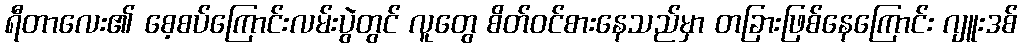
ရီတာလေး၏ စေ့စပ်ကြောင်းလမ်းပွဲတွင် လူတွေ စိတ်ဝင်စားနေသည်မှာ တခြားဖြစ်နေကြောင်း ဂျူးဒစ်